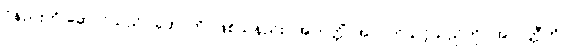
ဝိနည်းကို ဆောင်သည်။ ဟောတိ၊ ဖြစ်သနည်း။ အာပတ္တိံ၊ အာပတ်သင့်သည်ကို။ အာပတ္တီတိ၊